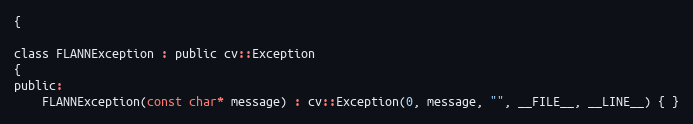
Language: C
{

class FLANNException : public cv::Exception
{
public:
    FLANNException(const char* message) : cv::Exception(0, message, "", __FILE__, __LINE__) { }